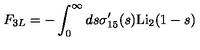
F _ { 3 L } = - \int _ { 0 } ^ { \infty } d s \sigma _ { 1 5 } ^ { \prime } ( s ) \mathrm { L i } _ { 2 } ( 1 - s )